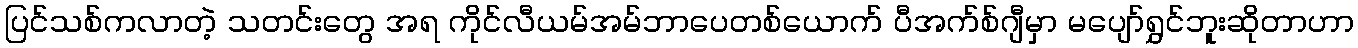
ပြင်သစ်ကလာတဲ့ သတင်းတွေ အရ ကိုင်လီယမ်အမ်ဘာပေတစ်ယောက် ပီအက်စ်ဂျီမှာ မပျော်ရွှင်ဘူးဆိုတာဟာ